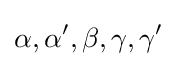
\alpha ,\alpha ',\beta ,\gamma ,\gamma '